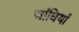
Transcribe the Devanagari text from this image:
जांघियां